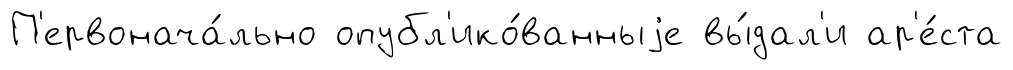
П'ервонача́льно опубл'ико́ванныjе вы́дал'и ар'е́ста